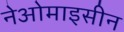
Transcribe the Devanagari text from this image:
नेओमाइसीन